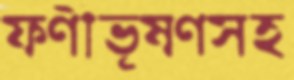
ফণীভূষণসহ